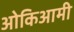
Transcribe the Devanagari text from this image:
ओकिआमी